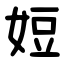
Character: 㛒